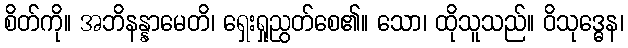
စိတ်ကို။ အဘိနန္နာမေတိ၊ ရှေးရှုညွတ်စေ၏။ သော၊ ထိုသူသည်။ ဝိသုဒ္ဓေန၊